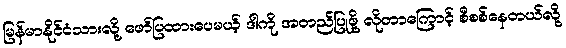
မြန်မာနိုင်ငံသားလို့ ဖော်ပြထားပေမယ့် ဒါကို အတည်ပြုဖို့ လိုတာကြောင့် စီစစ်နေတယ်လို့